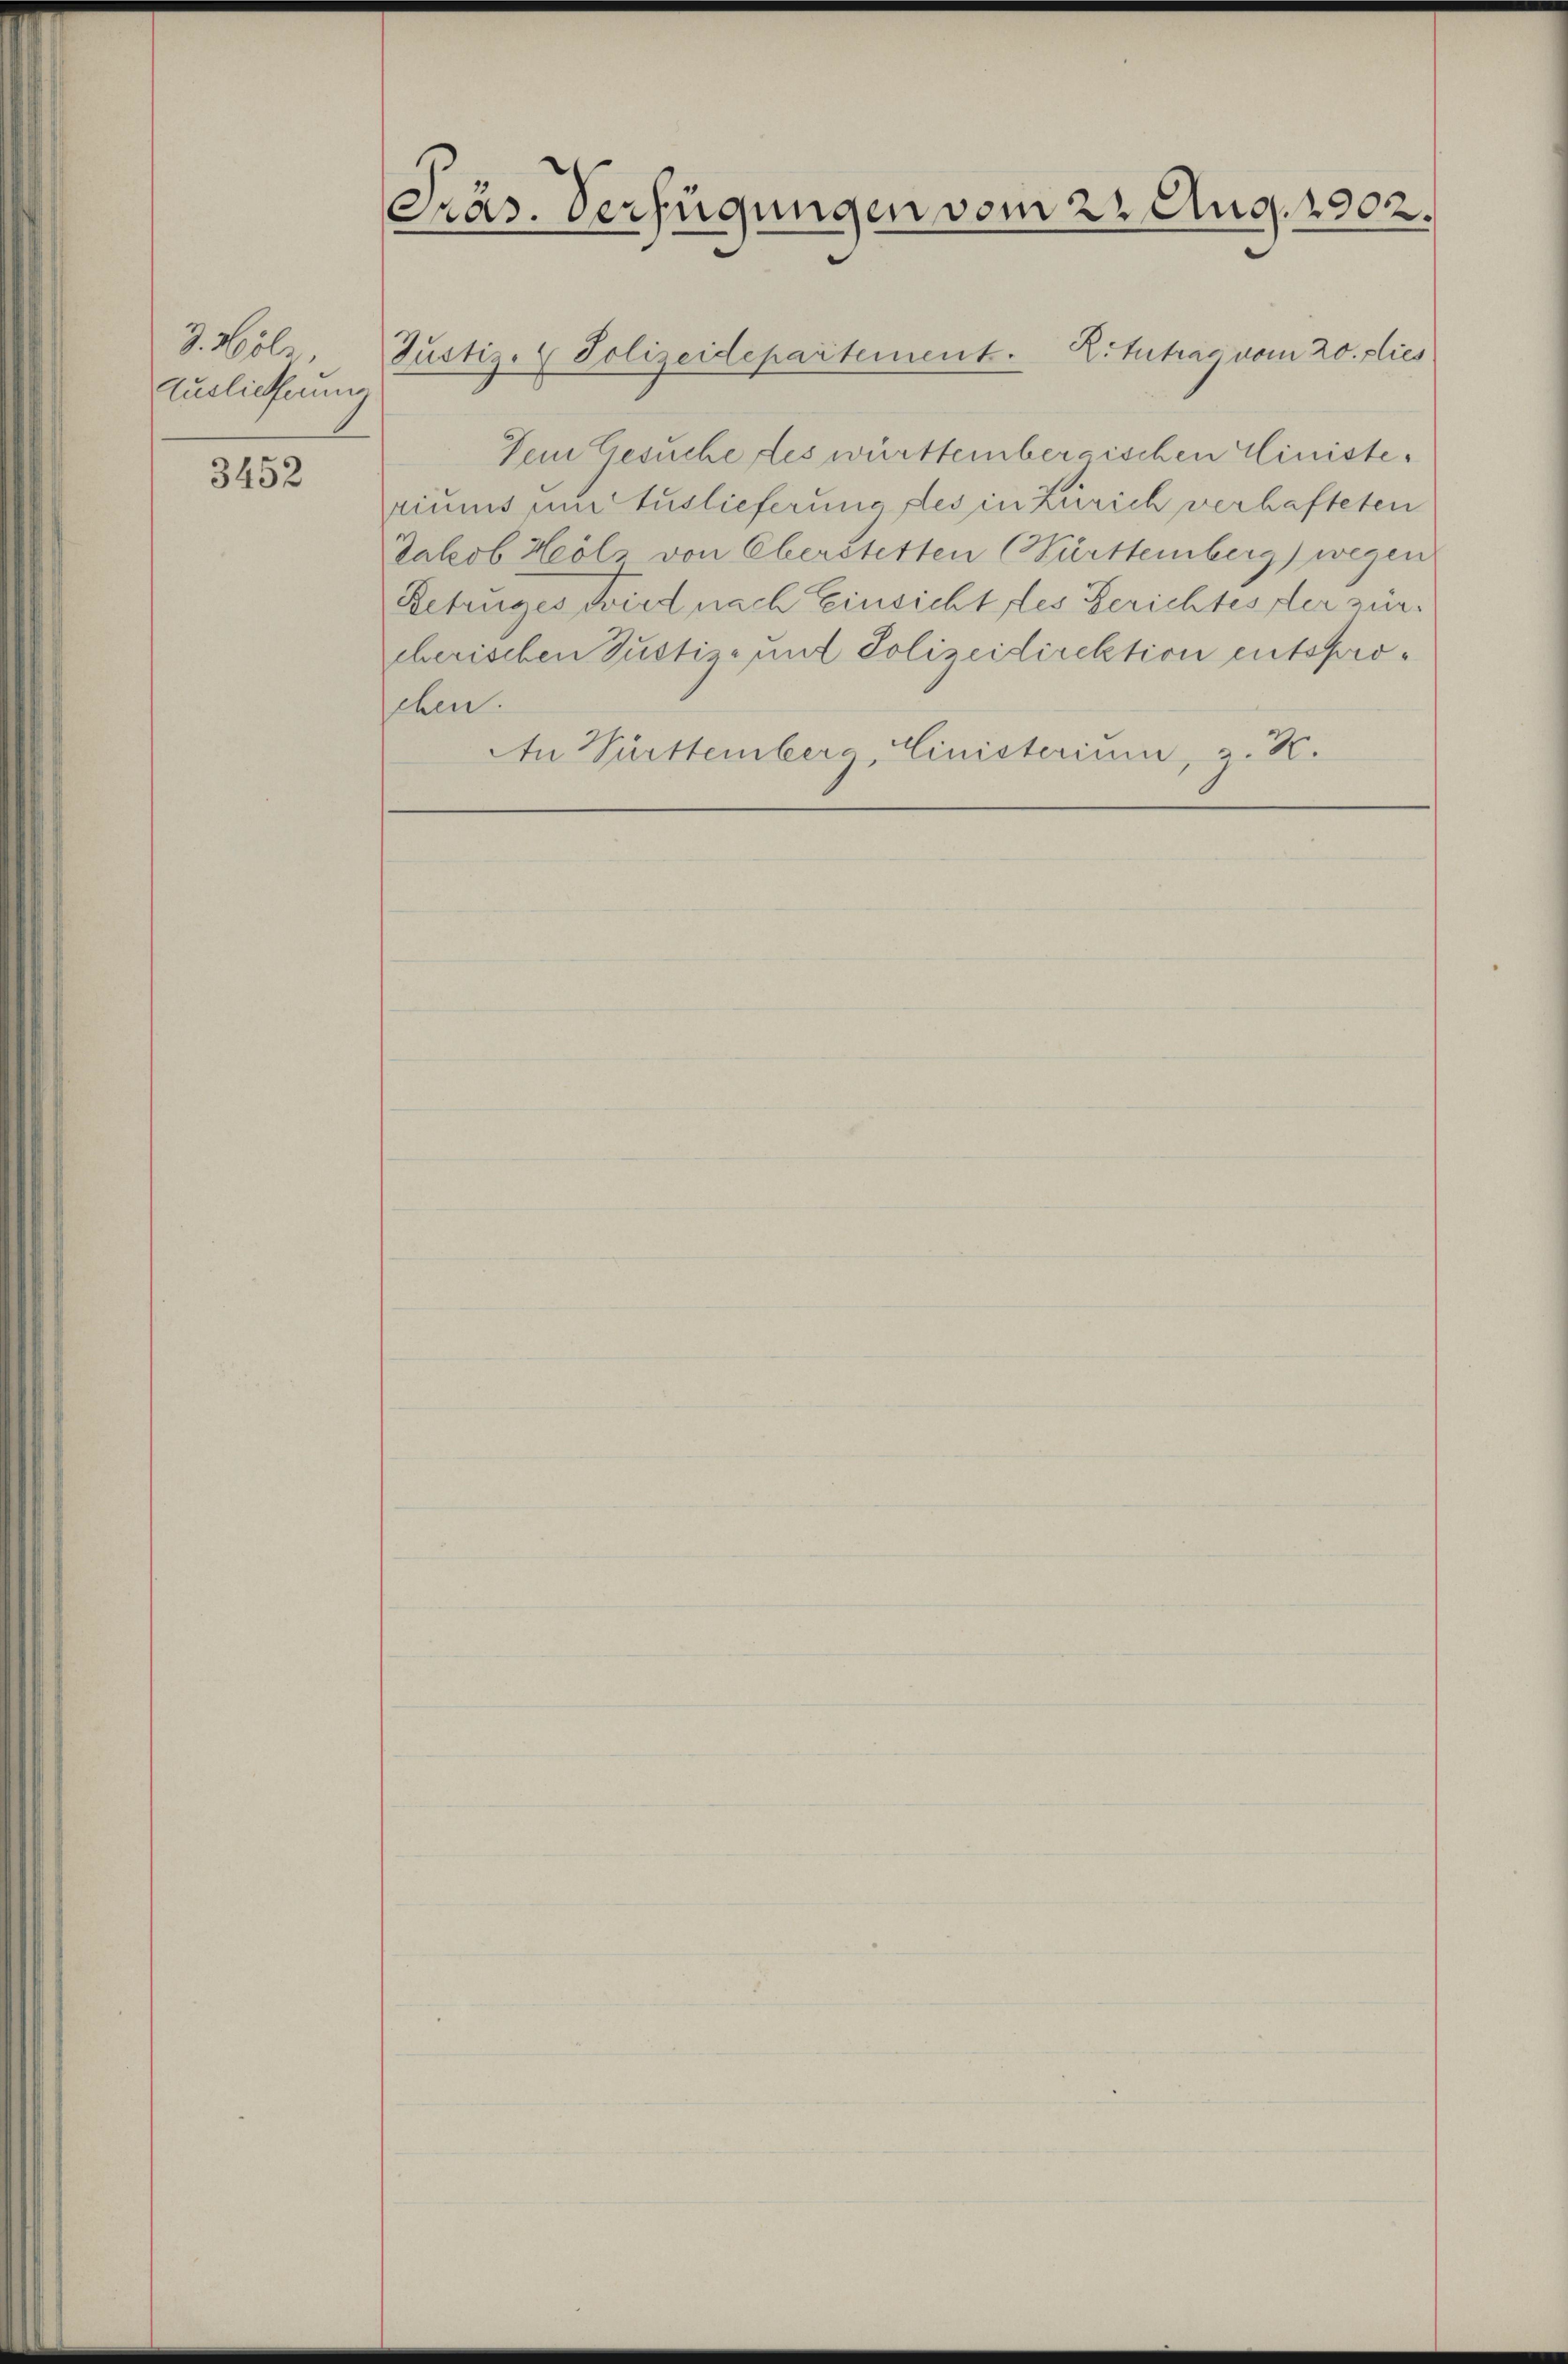
3. Holz,
Auslieferung

3452

Präs. Verfügungen vom 22. Aug. 1902.

Dein Gesuche les württembergischen Ministeriums und Auslieferung des in Zürich verhafteten
Jakob Heöls von Oberstetten (Württemberg) wegen
Betruges wird nach Einsicht des Gerichtes der zürcherischen Justiz- und Polizeidirektion entsproehen.
An Württemberg, Cinisterium, z. K.

Justiz- & Polizeidepartement. 2. Antrag vom 20. dies